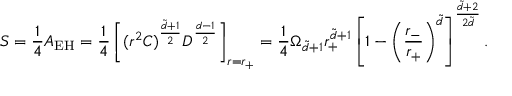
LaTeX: S = \frac { 1 } { 4 } A _ { \mathrm { E H } } = \frac { 1 } { 4 } \left[ ( r ^ { 2 } C ) ^ { \frac { \tilde { d } + 1 } { 2 } } D ^ { \frac { d - 1 } { 2 } } \right] _ { r = r _ { + } } = \frac { 1 } { 4 } \Omega _ { \tilde { d } + 1 } r _ { + } ^ { \tilde { d } + 1 } \left[ 1 - \left( \frac { r _ { - } } { r _ { + } } \right) ^ { \tilde { d } } \right] ^ { \frac { \tilde { d } + 2 } { 2 \tilde { d } } } .